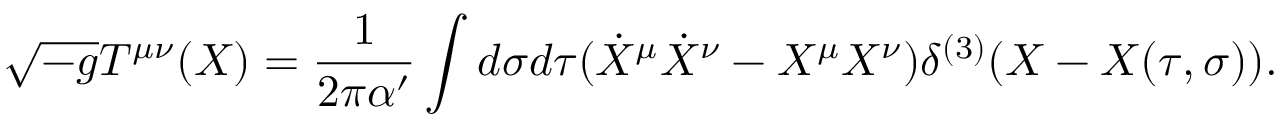
\sqrt { - g } T ^ { \mu \nu } ( X ) = \frac { 1 } { 2 \pi \alpha ^ { \prime } } \int d \sigma d \tau ( \dot { X } ^ { \mu } \dot { X } ^ { \nu } - X ^ { \mu } X ^ { \nu } ) \delta ^ { ( 3 ) } ( X - X ( \tau , \sigma ) ) .